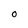
Character: O